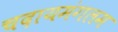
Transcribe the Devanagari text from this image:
चदायमंगलम